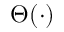
\Theta ( \cdot )